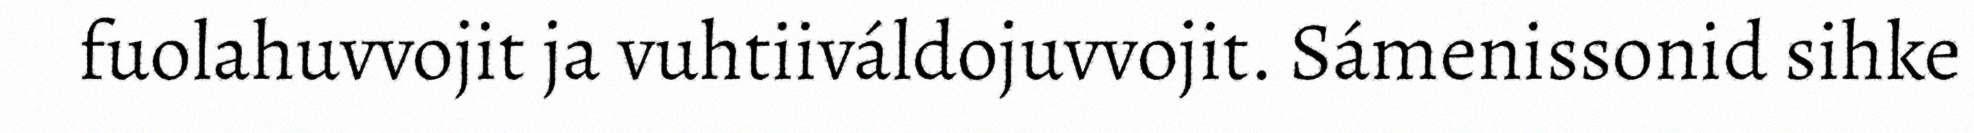
fuolahuvvojit ja vuhtiiváldojuvvojit. Sámenissonid sihke